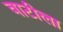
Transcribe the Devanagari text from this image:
वाटीला